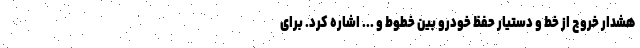
هشدار خروج از خط و دستیار حفظ خودرو بین خطوط و ... اشاره کرد. برای